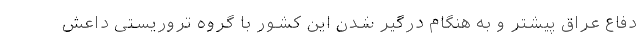
دفاع عراق پیشتر و به هنگام درگیر شدن این کشور با گروه تروریستی داعش